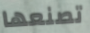
تصنعها